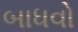
બાધવો